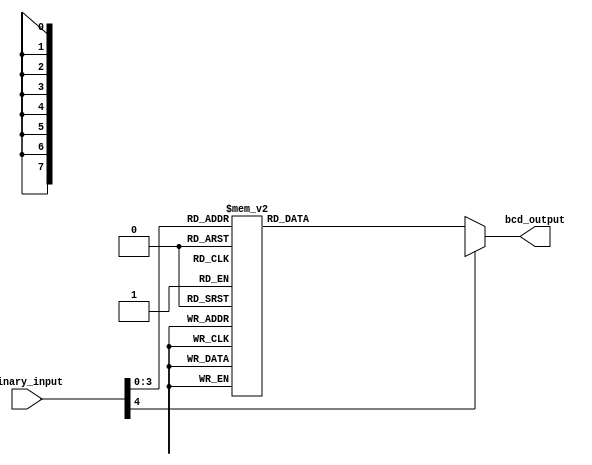
module BinaryToBCD(
  input [4:0] binary_input,
  output reg [7:0] bcd_output
);

  always @(*)
  begin
    case (binary_input)
      5'b00000: bcd_output = 8'b0000_0000; // BCD output for 0
      5'b00001: bcd_output = 8'b0000_0001; // BCD output for 1
      5'b00010: bcd_output = 8'b0000_0010; // BCD output for 2
      5'b00011: bcd_output = 8'b0000_0011; // BCD output for 3
      5'b00100: bcd_output = 8'b0000_0100; // BCD output for 4
      5'b00101: bcd_output = 8'b0000_0101; // BCD output for 5
      5'b00110: bcd_output = 8'b0000_0110; // BCD output for 6
      5'b00111: bcd_output = 8'b0000_0111; // BCD output for 7
      5'b01000: bcd_output = 8'b0000_1000; // BCD output for 8
      5'b01001: bcd_output = 8'b0000_1001; // BCD output for 9
      default: bcd_output = 8'bxxxx_xxxx; // Invalid input
    endcase
  end

endmodule